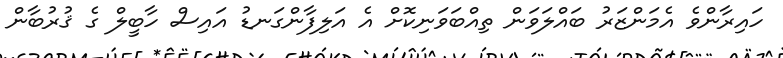
ހައިރާންވެ އެމަންޒަރު ބައްލަވަން ތިއްބަވަނިކޮށް އެ އަލިފާންގަނޑު އައިސް ހާބީލް ގެ ޤުރުބާން